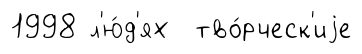
1998 л'ю́д'ях тво́рческ'иjе